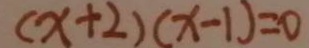
( x + 2 ) ( x - 1 ) = 0